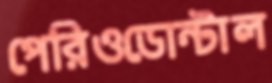
পেরিওডোন্টাল